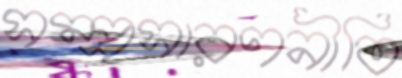
সম্প্রসারণনীতি